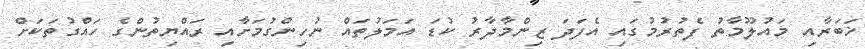
ޚަބަރާއި މައުލޫމާތު ފެތުރުމުގައި އެފަދަ ޒިންމާދާރު ކުޑަ އަމަލުތައް ނުހިންގުމަށާއި ރައްޔިތުންގެ ހައްގުތަކަށް